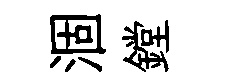
涸鏜